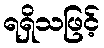
ရရှိသဖြင့်